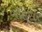
બોઇસર